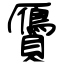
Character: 贗